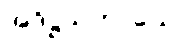
အဒိဋ္ဌသဟာယော